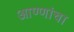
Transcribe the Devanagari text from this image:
आण्णांचा